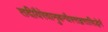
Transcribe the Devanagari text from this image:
तदीयैरेवानुबन्धैस्त्तद्वत्तासिद्धेर्न